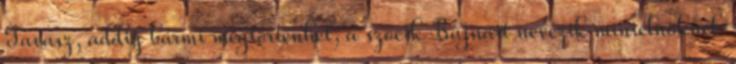
Tavasz, addig bármi megtörténhet, a szocik Bajnait nevezik minielnöknek